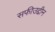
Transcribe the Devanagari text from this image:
सफीउद्दीन